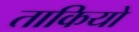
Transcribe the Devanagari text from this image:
ताकियो